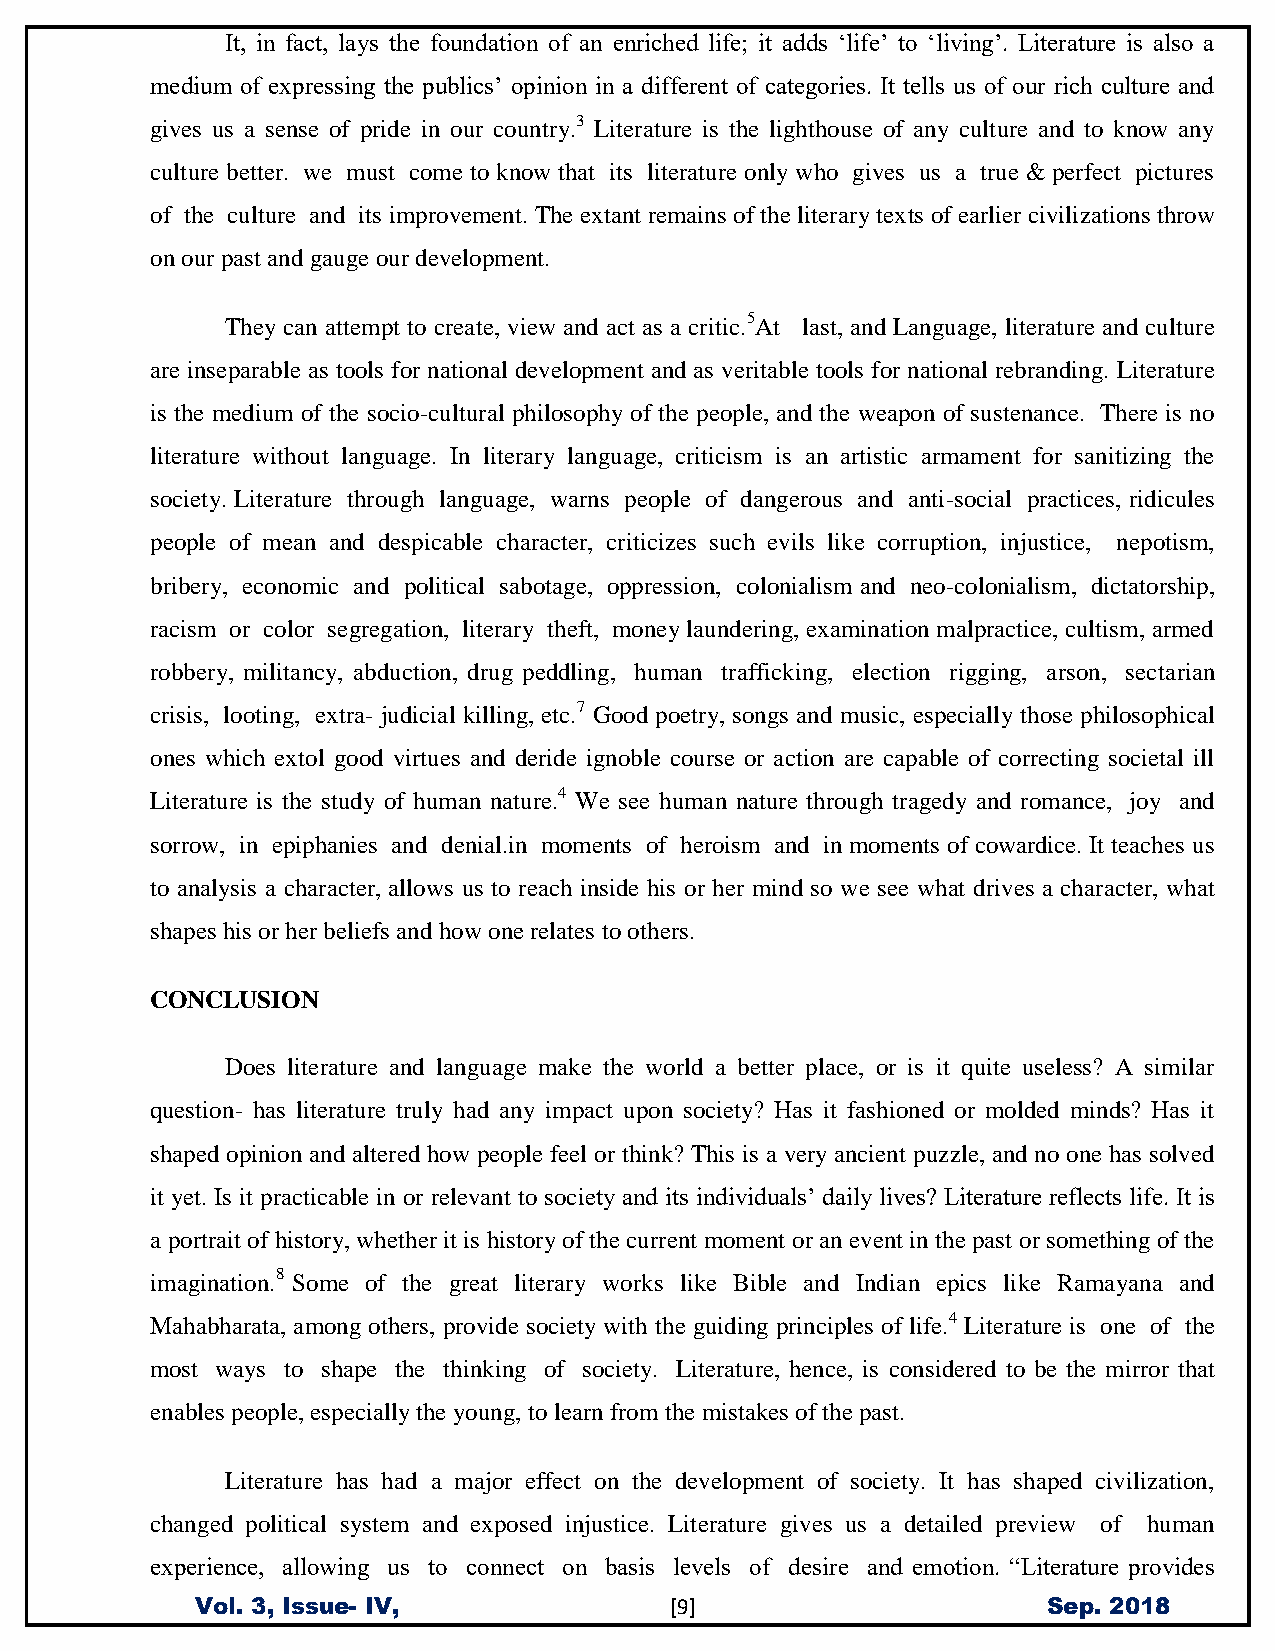
It, in fact, lays the foundation of an enriched life; it adds „life‟ to „living‟. Literature is also a
 medium of expressing the publics‟ opinion in a different of categories. It tells us of our rich culture and
 gives us a sense of pride in our country.3 Literature is the lighthouse of any culture and to know any
 culture better. we must come to know that its literature only who gives us a true & perfect pictures
 of the culture and its improvement. The extant remains of the literary texts of earlier civilizations throw
 on our past and gauge our development.
 They can attempt to create, view and act as a critic.5At last, and Language, literature and culture
 are inseparable as tools for national development and as veritable tools for national rebranding. Literature
 is the medium of the socio-cultural philosophy of the people, and the weapon of sustenance. There is no
 literature without language. In literary language, criticism is an artistic armament for sanitizing the
 society. Literature through language, warns people of dangerous and anti-social practices, ridicules
 people of mean and despicable character, criticizes such evils like corruption, injustice, nepotism,
 bribery, economic and political sabotage, oppression, colonialism and neo-colonialism, dictatorship,
 racism or color segregation, literary theft, money laundering, examination malpractice, cultism, armed
 robbery, militancy, abduction, drug peddling, human trafficking, election rigging, arson, sectarian
 crisis, looting, extra- judicial killing, etc.7 Good poetry, songs and music, especially those philosophical
 ones which extol good virtues and deride ignoble course or action are capable of correcting societal ill
 Literature is the study of human nature.4 We see human nature through tragedy and romance, joy and
 sorrow, in epiphanies and denial.in moments of heroism and in moments of cowardice. It teaches us
 to analysis a character, allows us to reach inside his or her mind so we see what drives a character, what
 shapes his or her beliefs and how one relates to others.
 CONCLUSION
 Does literature and language make the world a better place, or is it quite useless? A similar
 question- has literature truly had any impact upon society? Has it fashioned or molded minds? Has it
 shaped opinion and altered how people feel or think? This is a very ancient puzzle, and no one has solved
 it yet. Is it practicable in or relevant to society and its individuals‟ daily lives? Literature reflects life. It is
 a portrait of history, whether it is history of the current moment or an event in the past or something of the
 imagination.8 Some of the great literary works like Bible and Indian epics like Ramayana and
 Mahabharata, among others, provide society with the guiding principles of life.4 Literature is one of the
 most ways to shape the thinking of society. Literature, hence, is considered to be the mirror that
 enables people, especially the young, to learn from the mistakes of the past.
 Literature has had a major effect on the development of society. It has shaped civilization,
 changed political system and exposed injustice. Literature gives us a detailed preview of human
 experience, allowing us to connect on basis levels of desire and emotion. “Literature provides
 Vol. 3, Issue- IV,             [9]                      Sep. 2018